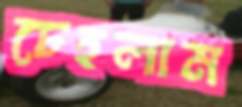
চেহলাম